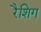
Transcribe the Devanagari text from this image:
रैशिग